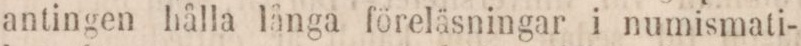
antingen hålla långa föreläsningar i numismati-